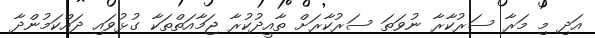
އަދި މި މަރާ ސަރުކާރާ ނުވަތަ ސަރުކާރަށް ތާއީދުކުރާ ޖަމާއަތްތަކާ ގުޅުވައި ދައްކަމުންދާ